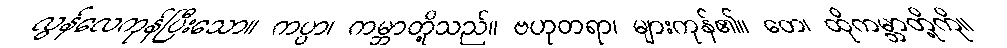
လွန်လေကုန်ပြီးသော။ ကပ္ပာ၊ ကမ္ဘာတို့သည်။ ဗဟုတရာ၊ များကုန်၏။ တေ၊ ထိုကမ္ဘာတို့ကို။